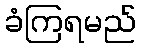
ခံကြရမည်